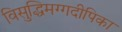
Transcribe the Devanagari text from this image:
विसुद्धिमग्गदीपिका